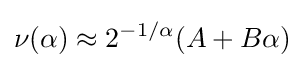
\nu (\alpha )\approx 2^{-1/\alpha }(A+B\alpha )